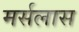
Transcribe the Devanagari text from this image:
मर्सलास